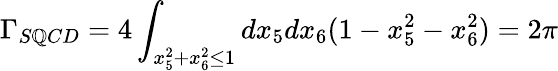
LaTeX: \Gamma_{S\mathbb{Q}CD}=4\int_{x_{5}^{2}+x_{6}^{2}\le1}dx_{5}dx_{6}(1-x_{5}^{2}-x_{6}^{2})=2\pi